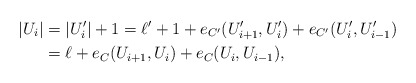
\begin{align*}|U_i|&=|U_i'|+1=\ell'+1 +e_{C'}(U_{i+1}', U_i')+e_{C'}(U_i', U_{i-1}')\\&=\ell+e_C(U_{i+1}, U_i)+e_C(U_i, U_{i-1}),\end{align*}